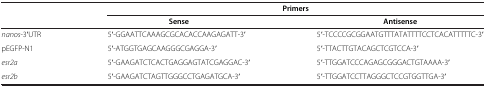
<table><thead><tr><td><b> </b></td><td colspan="2"><b>Primers</b></td></tr><tr><td><b> </b></td><td><b>Sense</b></td><td><b>Antisense</b></td></tr></thead><tbody><tr><td><i>nanos</i>-3′UTR</td><td>5′-GGAATTCAAAGCGCACACCAAGAGATT-3′</td><td>5′-TCCCCGCGGAATGTTTATATTTTCCTCACATTTTTC-3′</td></tr><tr><td>pEGFP-N1</td><td>5′-ATGGTGAGCAAGGGCGAGGA-3′</td><td>5′-TTACTTGTACAGCTCGTCCA-3′</td></tr><tr><td><i>esr2a</i></td><td>5′-GAAGATCTCACTGAGGAGTATCGAGGAC-3′</td><td>5′-TTGGATCCCAGAGCGGGACTGTAAAA-3′</td></tr><tr><td><i>esr2b</i></td><td>5′-GAAGATCTAGTTGGGCCTGAGATGCA-3′</td><td>5′-TTGGATCCTTAGGGCTCCGTGGTTGA-3′</td></tr></tbody></table>